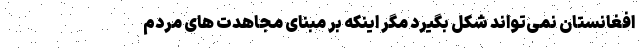
افغانستان نمی‌تواند شکل بگیرد مگر اینکه بر مبنای مجاهدت های مردم